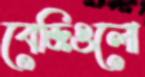
বেজিগুলো